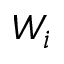
W _ { i }